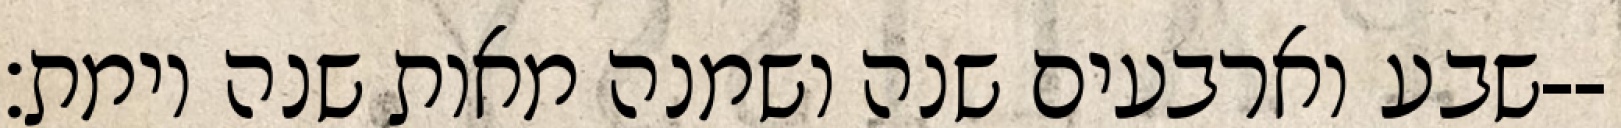
שבע וארבעים שנה ושמנה מאות שנה וימת׃--